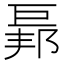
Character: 𢀥